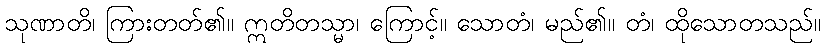
သုဏာတိ၊ ကြားတတ်၏။ ဣတိတသ္မာ၊ ကြောင့်။ သောတံ၊ မည်၏။ တံ၊ ထိုသောတသည်။